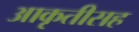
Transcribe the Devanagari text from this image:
आकृतीसह